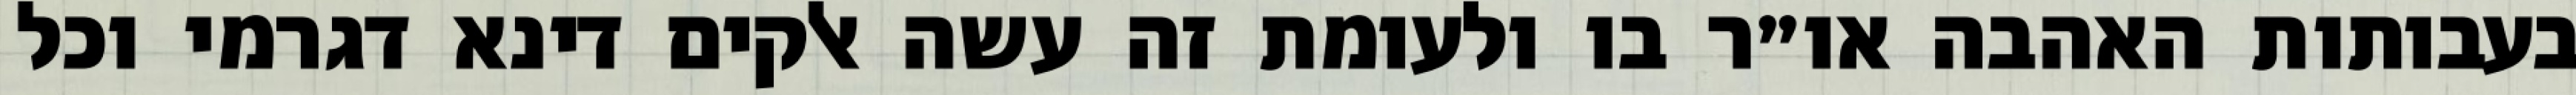
בעבותות האהבה או״ר בו ולעומת זה עשה אלקים דינא דגרמי וכל